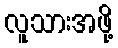
လူသားအဖို့